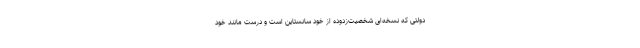
دولتی که نسخه‌ای شخصیت‌زدوده از خود سانستاین است و درست مانند خود